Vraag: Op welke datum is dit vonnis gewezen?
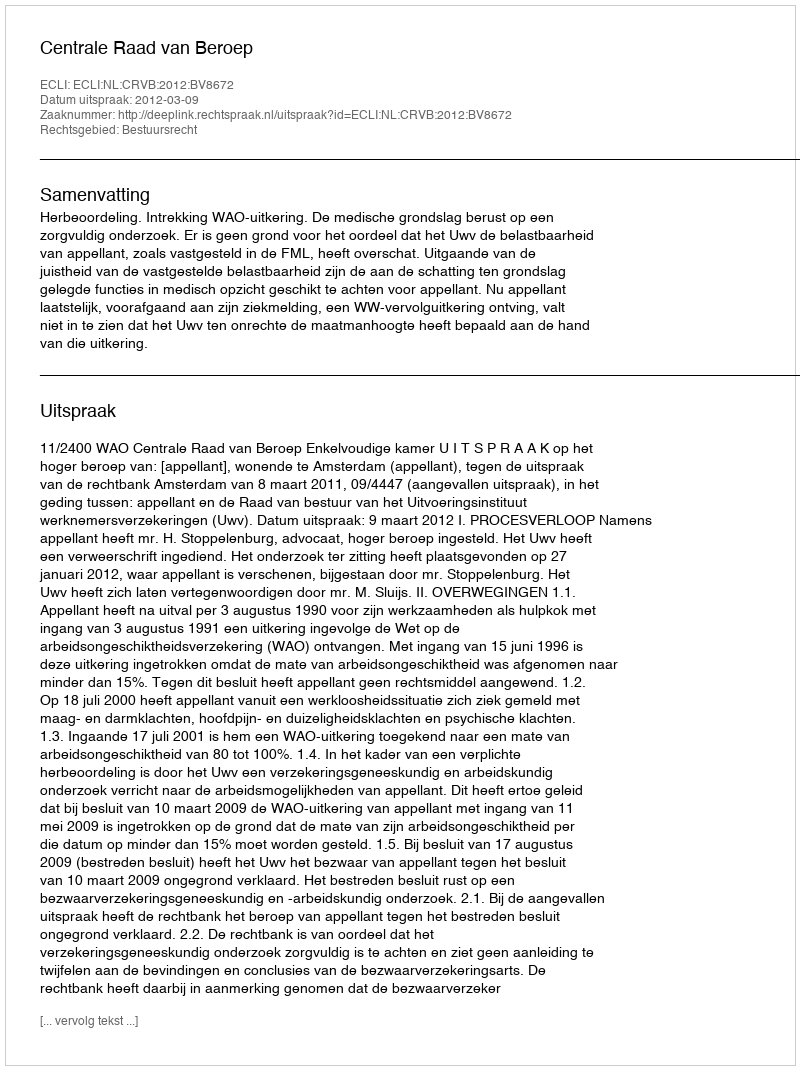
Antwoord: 2012-03-09